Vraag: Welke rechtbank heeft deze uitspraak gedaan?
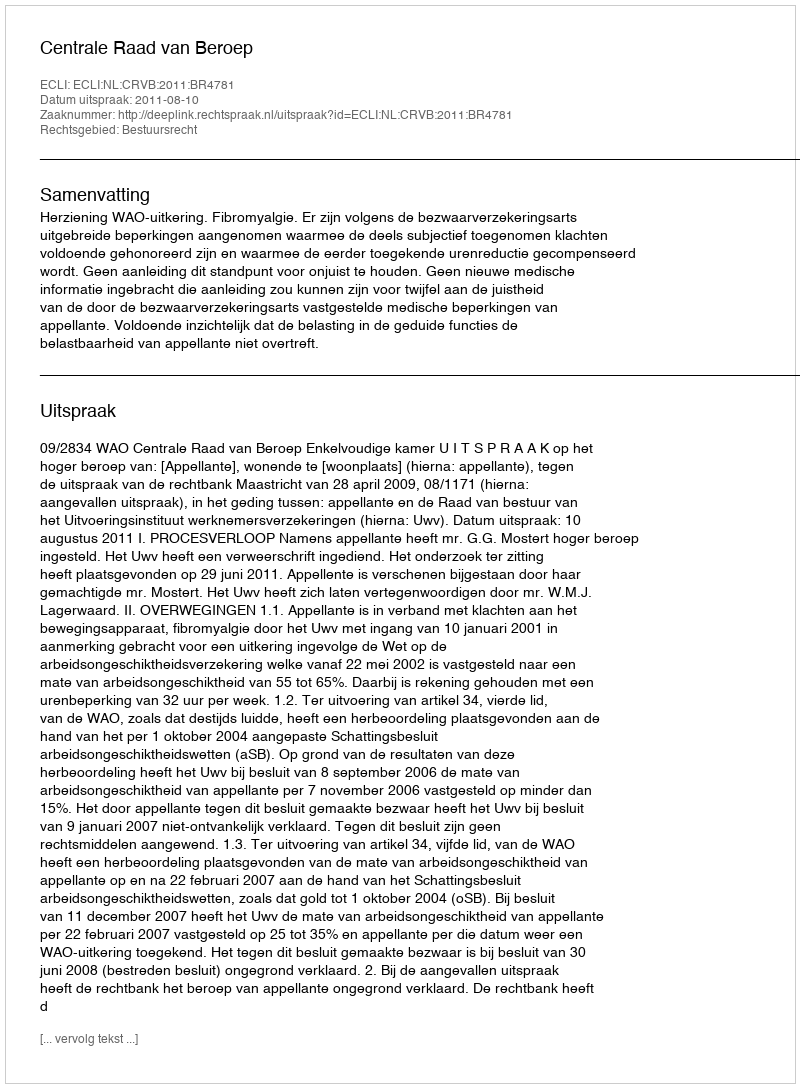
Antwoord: Centrale Raad van Beroep